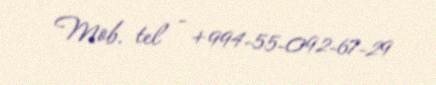
Mob. tel - +994-55-092-67-29